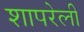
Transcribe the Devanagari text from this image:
शापरेली